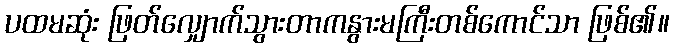
ပထမဆုံး ဖြတ်လျှောက်သွားတာကနွားမကြီးတစ်ကောင်သာ ဖြစ်၏။